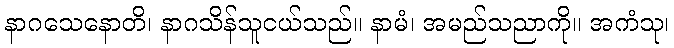
နာဂသေနောတိ၊ နာဂသိန်သူငယ်သည်။ နာမံ၊ အမည်သညာကို။ အကံသု၊